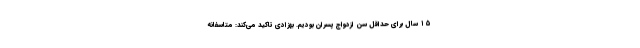
۱۵ سال برای حداقل سن ازدواج پسران بودیم. بهزادی تاکید می‌کند: متاسفانه